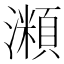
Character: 𤁾